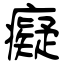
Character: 癡